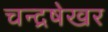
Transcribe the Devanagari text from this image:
चन्द्रषेखर